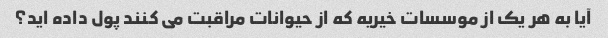
آیا به هر یک از موسسات خیریه که از حیوانات مراقبت می کنند پول داده اید؟